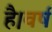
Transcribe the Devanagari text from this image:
है।वर्ष